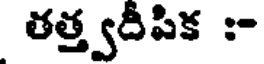
తత్త్వదీపిక :-